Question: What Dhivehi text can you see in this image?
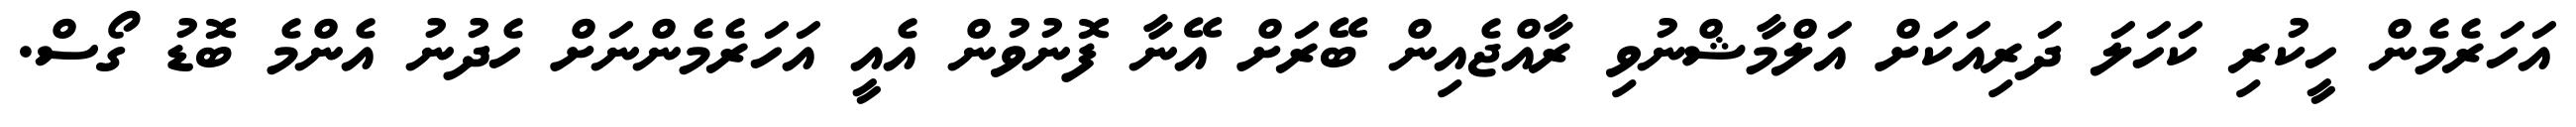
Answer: އަހަރެމެން ހީކުރި ކަހަލަ ދަރިއަކަށް އަލްމާޝްނުވި ރާއްޖެއިން ބޭރަށް އޭނާ ފޮނުވުން އެއީ އަހަރެމެންނަށް ހެދުނު އެންމެ ބޮޑު ގޯސް.